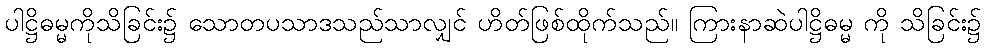
ပါဋ္ဌိဓမ္မကိုသိခြင်း၌ သောတပသာဒသည်သာလျှင် ဟိတ်ဖြစ်ထိုက်သည်။ ကြားနာဆဲပါဋ္ဌိဓမ္မ ကို သိခြင်း၌